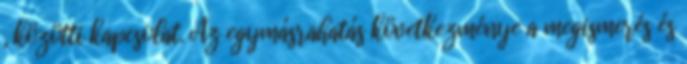
, közötti kapcsolat. Az egymásrahatás következménye a megismerés és